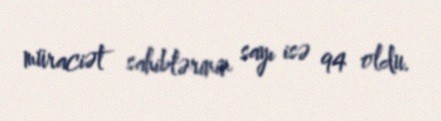
müraciət sahiblərinin sayı isə 94 oldu.